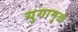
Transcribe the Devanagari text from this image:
युगामुळे